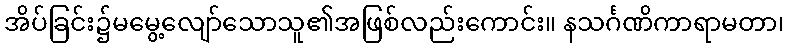
အိပ်ခြင်း၌မမွေ့လျော်သောသူ၏အဖြစ်လည်းကောင်း။ နသင်္ဂဏိကာရာမတာ၊